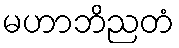
မဟာဘိညတံ